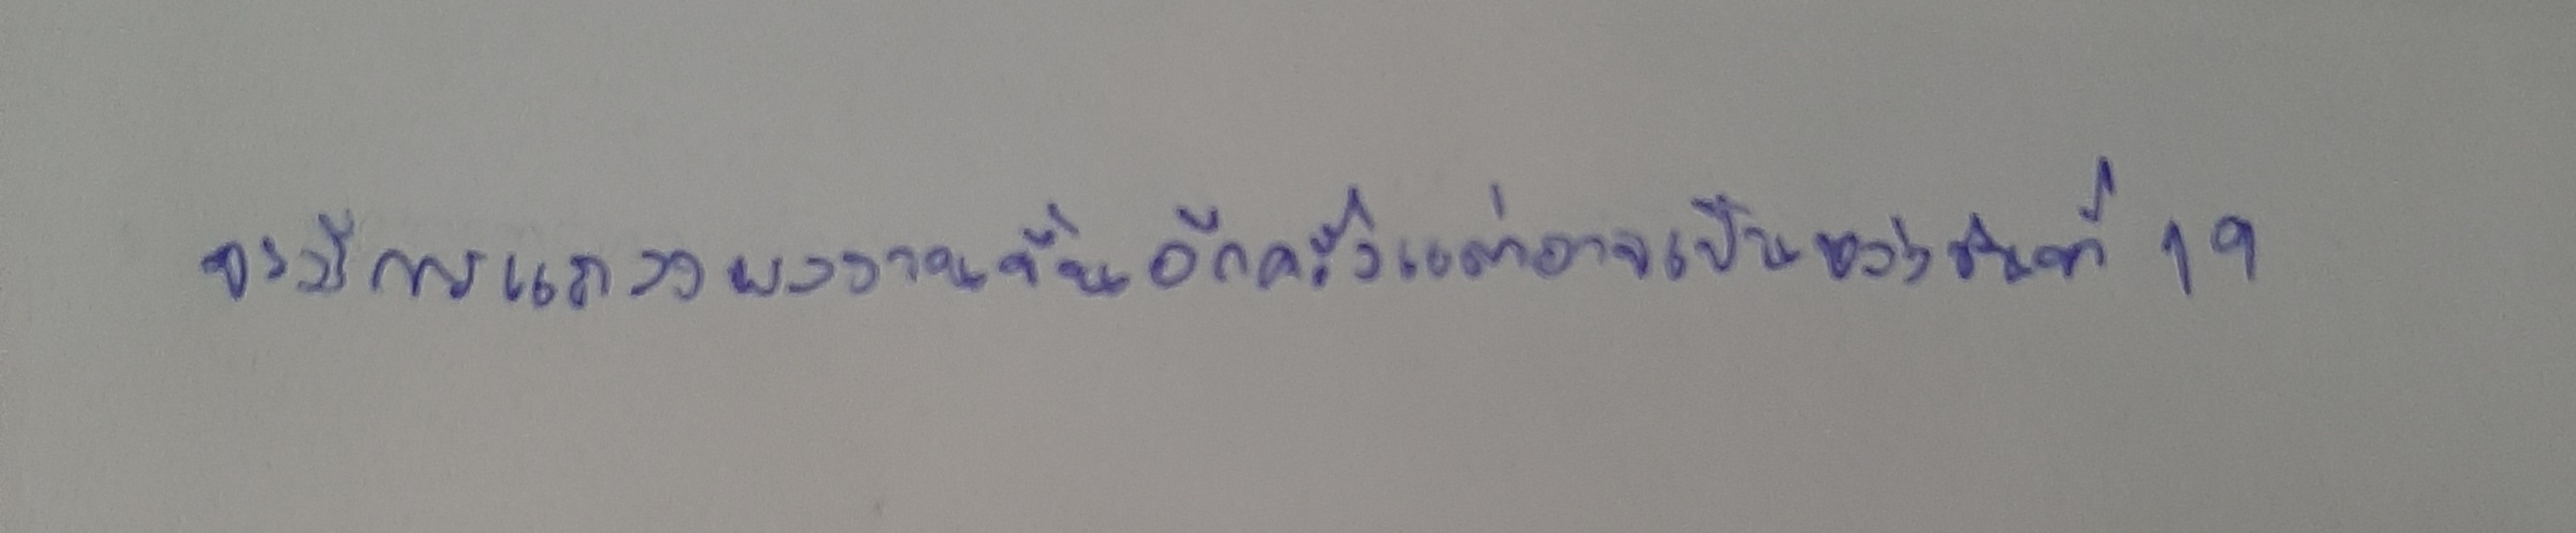
จะมีการแถลงผลงานขึ้นอีกครั้งแต่อาจเป็นหลังวันที่19